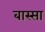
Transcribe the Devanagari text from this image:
बास्सा